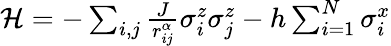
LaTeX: \begin{array}{r}{\mathcal{H}=-\sum_{i,j}\frac{J}{r_{ij}^{\alpha}}\sigma_{i}^{z}\sigma_{j}^{z}-h\sum_{i=1}^{N}\sigma_{i}^{x}}\end{array}